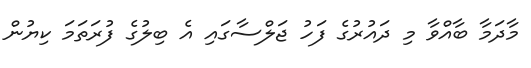
މާދަމާ ބާއްވާ މި ދައުރުގެ ފަހު ޖަލްސާގައި އެ ބިލުގެ ފުރަތަމަ ކިޔުން